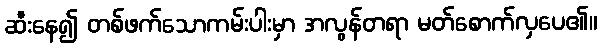
ဆီးနေ၍ တစ်ဖက်သောကမ်းပါးမှာ အလွန်တရာ မတ်စောက်လှပေ၏။